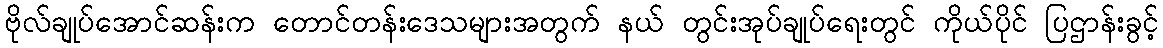
ဗိုလ်ချုပ်အောင်ဆန်းက တောင်တန်းဒေသများအတွက် နယ် တွင်းအုပ်ချုပ်ရေးတွင် ကိုယ်ပိုင် ပြဌာန်းခွင့်